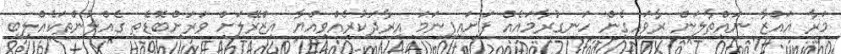
މަރާ ޣައްޒާ ނައްތާލަން ރާވައިގެން ހަނގުރާމައެއް ފަށައިފިނަމަ އިރާދަކުރެއްވިއްޔާ އިޒްރޭލަށް ވަރަށްބޮޑެތި ގެއްލުންތަކެއްލިބި